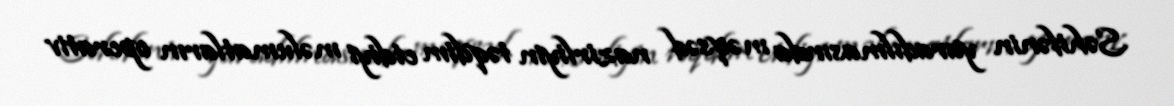
Səhifənin yaradılmasında məqsəd nazirliyin təqdim etdiyi məlumatların operativ